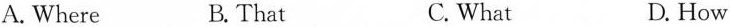
A. Where B. That C. What D. How